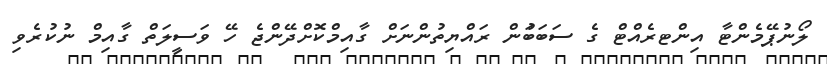
ލޯނުޕޭމެންޓާ އިންޓރެއްޓް ގެ ސަބަބަުން ރައްޔިތުންނަށް ގާއިމްކޮށްދޭންޖެ ހޭ ވަސީލަތް ގާއިމް ނުކުރެވި